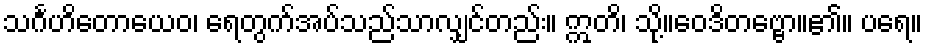
သင်္ဂဟိတောယေဝ၊ ရေတွက်အပ်သည်သာလျှင်တည်း။ ဣတိ၊ သို့။ဝေဒိတဗ္ဗော။၏။ ပရေ။